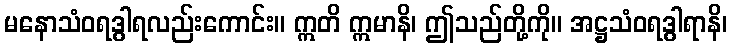
မနောသံဝရဒွါရလည်းကောင်း။ ဣတိ ဣမာနိ၊ ဤသည်တို့ကို။ အဋ္ဌသံဝရဒွါရာနိ၊